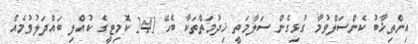
އިންތިޚާބު ކެންސަލްވުމާ ގުޅިގެން ސަލާމަތީ ޚިދުމަތްތަކާ ބެހޭ 241 ކޮމިޓީގެ ކުއްލި ބައްދަލުވުމެއް